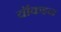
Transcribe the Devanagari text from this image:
वॉकइन